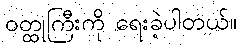
ဝတ္ထုကြီးကို ရေးခဲ့ပါတယ်။